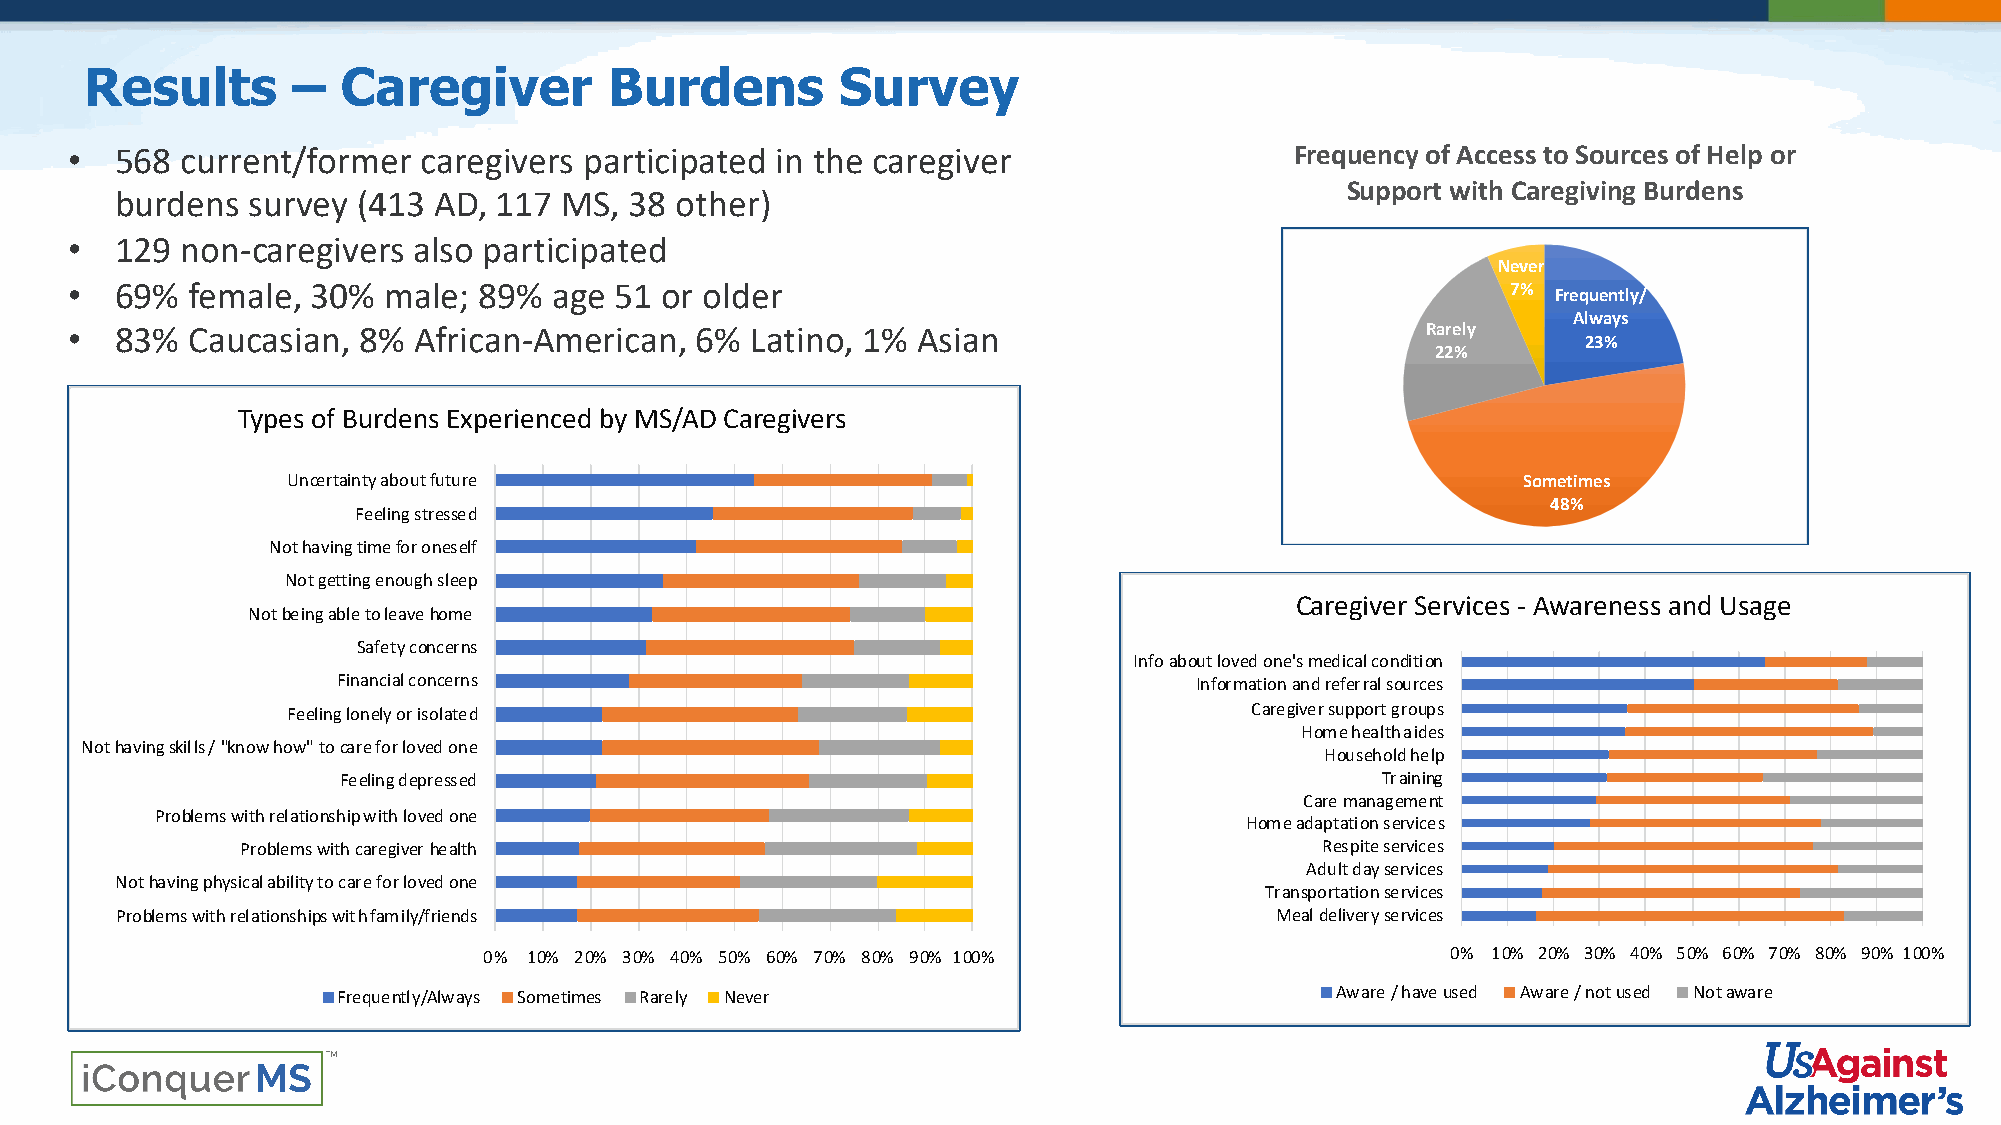
Results      –   Caregiver        Burdens         Survey
 •  568 current/former  caregivers participated in the caregiver                  Frequency of Access to Sources of Help or
 Support with Caregiving Burdens
 burdens survey  (413 AD, 117 MS,  38 other)
 •  129 non-caregivers also participated
 Never
 •  69% female,  30% male;  89%  age 51 or older                                                7% Frequently/
 Always
 •  83% Caucasian,  8% African-American,  6%  Latino, 1% Asian                            Rarely
 23%
 22%
 Types of Burdens Experienced by MS/AD Caregivers
 Uncertainty about future                                                          Sometimes
 48%
 Feeling stressed
 Not having time for oneself
 Not getting enough sleep
 Caregiver Services - Awareness and Usage
 Not being able to leave home
 Safety concerns
 Info about loved one's medical condition
 Financial concerns                                       Information and referral sources
 Feeling lonely or isolated                                      Caregiver support groups
 Home health aides
 Not having skills / "know how" to care for loved one
 Household help
 Feeling depressed                                                    Training
 Care management
 Problems with relationship with loved one
 Home adaptation services
 Problems with caregiver health                                          Respite services
 Adult day services
 Not having physical ability to care for loved one
 Transportation services
 Problems with relationships with family/friends                             Meal delivery services
 0% 10% 20% 30% 40% 50% 60% 70% 80% 90% 100%                     0% 10% 20% 30% 40% 50% 60% 70% 80% 90% 100%
 Frequently/Always Sometimes Rarely Never                          Aware / have used Aware / not used Not aware